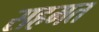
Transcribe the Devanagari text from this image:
सहमत